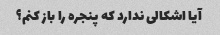
آیا اشکالی ندارد که پنجره را باز کنم؟